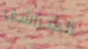
الشراشف